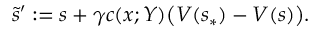
\tilde { s } ^ { \prime } : = s + \gamma c ( x ; Y ) \bigl ( V ( s _ { \ast } ) - V ( s ) \bigr ) .